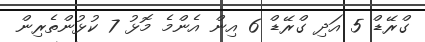
ގްރޭޑް 5 އަދި ގްރޭޑް 6 އިން އެންމެ މޮޅު 7 ކުޅުންތެރިން